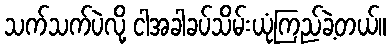
သက်သက်ပဲလို့ ငါအခါခပ်သိမ်းယုံကြည်ခဲ့တယ်။